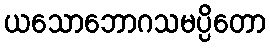
ယသောဘောဂသမပ္ပိတော